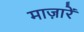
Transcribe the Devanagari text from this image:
माज़ारें